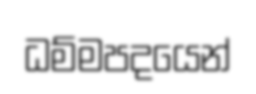
ධම්මපදයෙන්